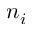
n _ { i }